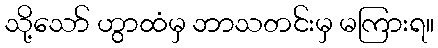
သို့သော် ဟွာထံမှ ဘာသတင်းမှ မကြားရ။